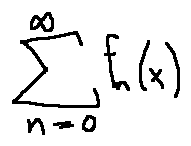
\sum \limits _ { n = 0 } ^ { \infty } f _ { n } ( x )